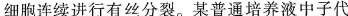
细胞连续进行有丝分裂。某普通培养液中子代